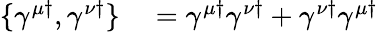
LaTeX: \begin{array}{rlr}{\{ \gamma^{\mu\dagger},\gamma^{\nu\dagger}\} }&{{}=\gamma^{\mu\dagger}\gamma^{\nu\dagger}+\gamma^{\nu\dagger}\gamma^{\mu\dagger}}\end{array}